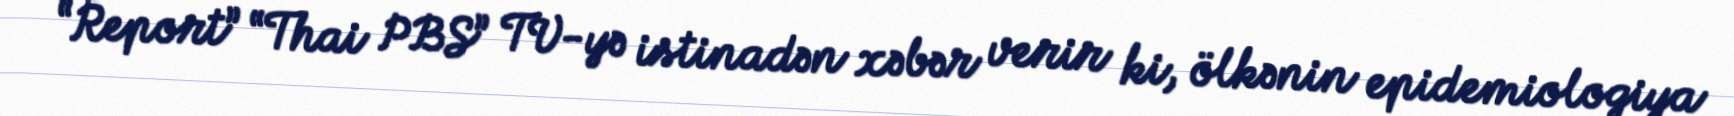
“Report” “Thai PBS” TV-yə istinadən xəbər verir ki, ölkənin epidemiologiya